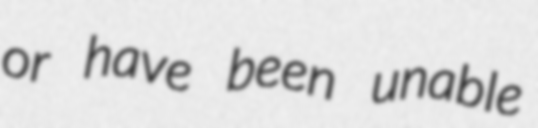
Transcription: or have been unable